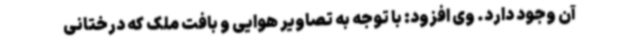
آن وجود دارد. وی افزود: با توجه به تصاویر هوایی و بافت ملک که درختانی